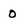
Character: o